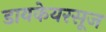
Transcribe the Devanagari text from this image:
डायकेयरसूज